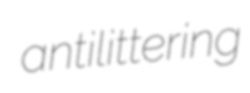
antilittering